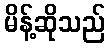
မိန့်ဆိုသည်